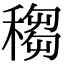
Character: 䅳